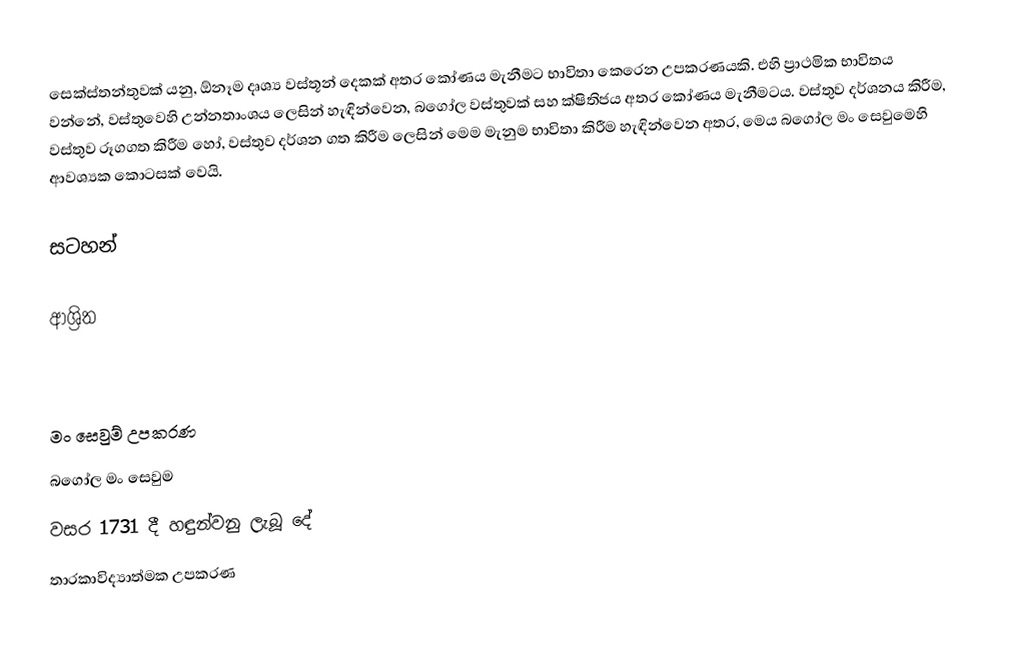
සෙක්ස්තන්තුවක් යනු,  ඕනෑම දෘශ්‍ය වස්තූන් දෙකක් අතර කෝණය මැනීමට භාවිතා කෙරෙන  උපකරණයකි. එහි ප්‍රාථමික භාවිතය වන්නේ, වස්තුවෙහි  උන්නතාංශය ලෙසින් හැඳින්වෙන,   බගෝල වස්තුවක් සහ  ක්ෂිතිජය අතර කෝණය මැනීමටය.   වස්තුව  දර්ශනය කිරීම, වස්තුව  රූගගත කිරීම හෝ,  වස්තුව දර්ශන ගත කිරීම ලෙසින් මෙම මැනුම භාවිතා කිරීම  හැඳින්වෙන අතර, මෙය බගෝල මං සෙවුමෙහි ආවශ්‍යක කොටසක් වෙයි.

සටහන්

ආශ්‍රිත

මං සෙවුම් උපකරණ
බගෝල මං සෙවුම
වසර 1731 දී හඳුන්වනු ලැබූ දේ
තාරකාවිද්‍යාත්මක උපකරණ